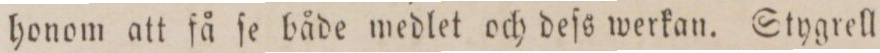
honom att få ſe både medlet och deſs werkan. Stygrell